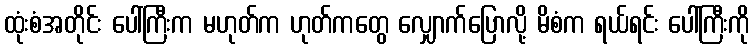
ထုံးစံအတိုင်း ပေါ်ကြီးက မဟုတ်က ဟုတ်ကတွေ လျှောက်ပြောလို့ မိစံက ရယ်ရင်း ပေါ်ကြီးကို